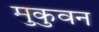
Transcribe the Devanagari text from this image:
मुकुवन